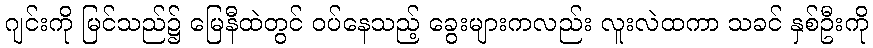
ဂျင်းကို မြင်သည်၌ မြေနီထဲတွင် ဝပ်နေသည့် ခွေးများကလည်း လူးလဲထကာ သခင် နှစ်ဦးကို